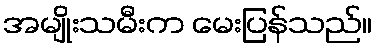
အမျိုးသမီးက မေးပြန်သည်။